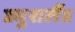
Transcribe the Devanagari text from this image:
ड्युशलैंड